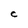
Character: C